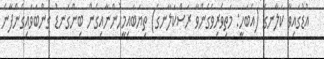
އުޑުގައިވާ ކަލާނގެ (އެބަހީ: މަތިވެރިވެގެންވާ ރަސްކަލާނގެ) ތިޔަބައިމީހުންނާއިގެން ބިންގަނޑު ގަންބަވައިގެންފާނެ